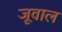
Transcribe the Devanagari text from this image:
जूवाल